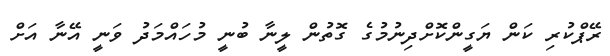
ރޭޕްކުރި ކަން ޔަގީންކޮށްދިނުމުގެ ގޮތުން ލީނާ ބުނީ މުހައްމަދު ވަނީ އޭނާ އަށް